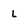
Character: L